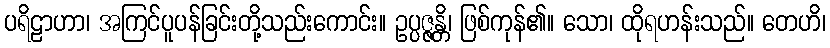
ပရိဠာဟာ၊ အကြင်ပူပန်ခြင်းတို့သည်းကောင်း။ ဥပ္ပဇ္ဇန္တိ၊ ဖြစ်ကုန်၏။ သော၊ ထိုရဟန်းသည်။ တေဟိ၊